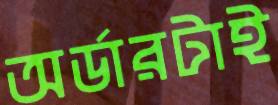
অর্ডারটাই